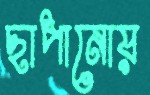
ছাপানোয়